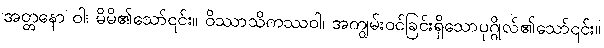
အတ္တနော ဝါ၊ မိမိ၏သော်၎င်း။ ဝိဿာသိကဿဝါ၊ အကျွမ်းဝင်ခြင်းရှိသောပုဂ္ဂိုလ်၏သော်၎င်း။